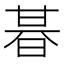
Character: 㫷